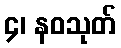
၄၊ နဝသုတ်